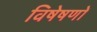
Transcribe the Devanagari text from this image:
विषेषणों